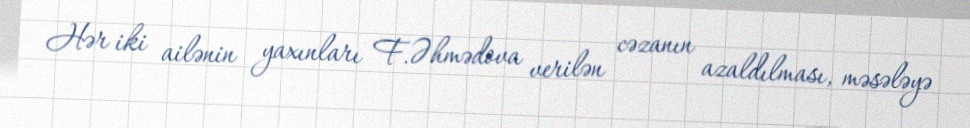
Hər iki ailənin yaxınları F.Əhmədova verilən cəzanın azaldılması, məsələyə